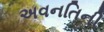
અવનતિની